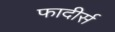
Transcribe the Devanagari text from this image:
फादीर्स